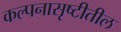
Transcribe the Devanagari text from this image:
कल्पनासृष्टीतील